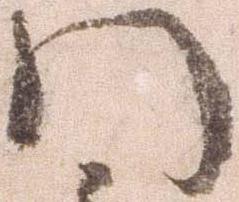
門